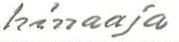
hinaaja